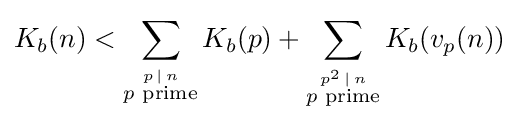
K_{b}(n)<\sum _{\stackrel {p\,\mid \,n}{p{\text{ prime}}}}K_{b}(p)+\sum _{\stackrel {p^{2}\,\mid \,n}{p{\text{ prime}}}}K_{b}(v_{p}(n))